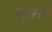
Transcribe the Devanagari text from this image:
लकम